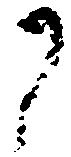
に